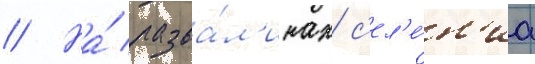
// На́ разва́л'инах с'ел'е́н'иа